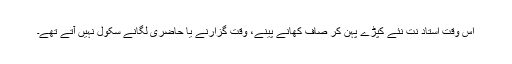
اس وقت استاد نت نئے کپڑے پہن کر صاف کھانے پینے، وقت گزارنے یا حاضری لگانے سکول نہیں آتے تھے۔